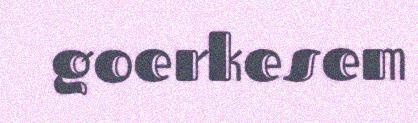
goerkesem